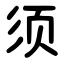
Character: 须